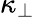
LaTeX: \kappa_{\perp}